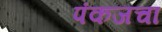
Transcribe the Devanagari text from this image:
पंकजचा